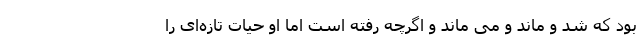
بود که شد و ماند و می ماند و اگرچه رفته است اما او حیات تازه‌ای را